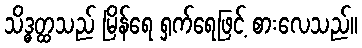
သိဒ္ဓတ္ထသည် မြိန်ရေ ရှက်ရေဖြင့် စားလေသည်။